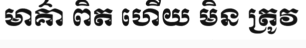
មាគ៌ា ពិត ហើយ មិន ត្រូវ